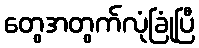
တွေအတွက်လုံခြုံပြီ